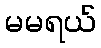
မမရယ်